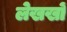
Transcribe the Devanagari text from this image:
लेखखों